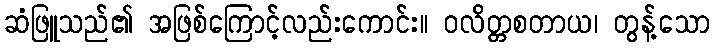
ဆံဖြူသည်၏ အဖြစ်ကြောင့်လည်းကောင်း။ ဝလိတ္တစတာယ၊ တွန့်သော